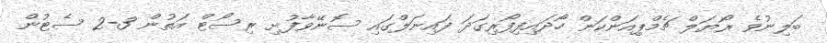
ބަލިނުވެ ރޯޔަލް ޗެމްޕިއަންކަން ހޯދައިފިފޯރިގަދަ ފައިނަލްގައި ސޮނޭވާފުށި ރިސޯޓް އަތުން 3-2 ސެޓުން